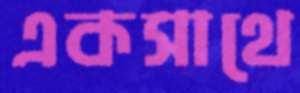
একসাথে